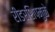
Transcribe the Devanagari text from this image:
रीडरशिपमुळे